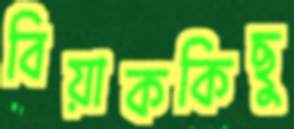
বিয়াককিছু